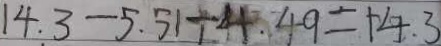
1 4 . 3 - 5 . 5 1 + 4 . 4 9 = 1 4 . 3